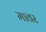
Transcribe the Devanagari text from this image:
मावर